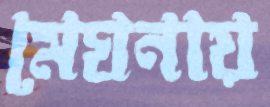
মেঘনায়